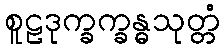
စူဠဒုက္ခက္ခန္ဓသုတ္တံ